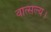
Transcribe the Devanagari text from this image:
वात्सल्य।